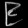
Digit: ၉